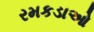
રમકડાઓ